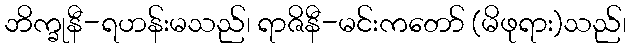
ဘိက္ခုနီ-ရဟန်းမသည်၊ ရာဇိနီ-မင်းကတော် (မိဖုရား)သည်၊